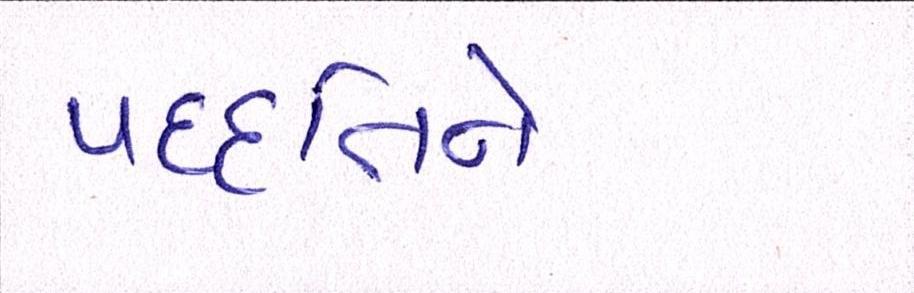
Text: પદ્ધતિને